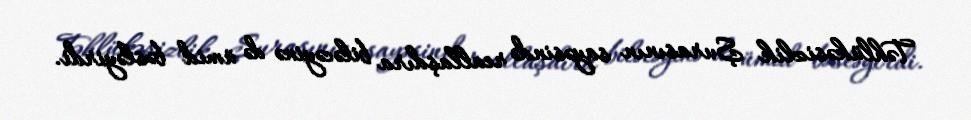
Təhlükəsizlik Şurasının sayəsində reallaşdıra biləcəyinə də ümid bəsləyirdi.